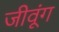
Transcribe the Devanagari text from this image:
जीवूंग